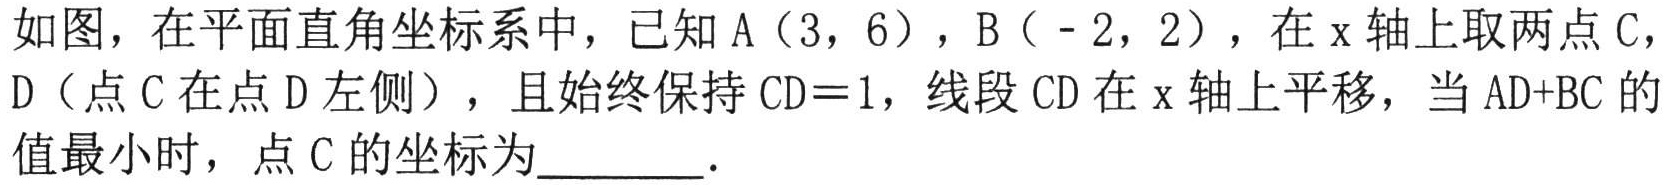
如图，在平面直角坐标系中，已知\(A(3,6)\)，\(B(-2,2)\)，在\(x\)轴上取两点\(C\)，\(D\)（点\(C\)在点\(D\)左侧），且始终保持\(CD = 1\)，线段\(CD\)在\(x\)轴上平移，当\(AD + BC\)的值最小时，点\(C\)的坐标为_______.